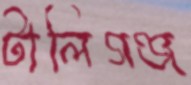
টালিগঞ্জ